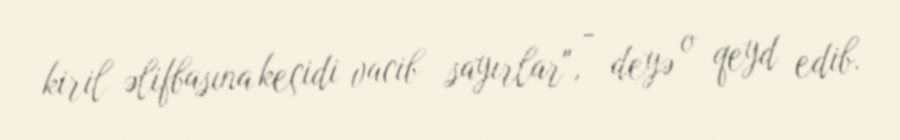
kiril əlifbasına keçidi vacib sayırlar", - deyə o qeyd edib.